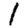
Digit: 1